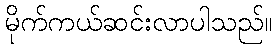
မိုက်ကယ်ဆင်းလာပါသည်။